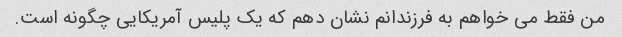
من فقط می خواهم به فرزندانم نشان دهم که یک پلیس آمریکایی چگونه است.